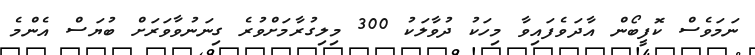
ނަމަވެސް ކޮފީބޯން އާދަވެފައިވާ މިހަކު ދުވާލަކު 300 މިލިގުރާމަށްވުރެ ގިނަނުވާވަރަށް ބުޔަސް އެންމެ